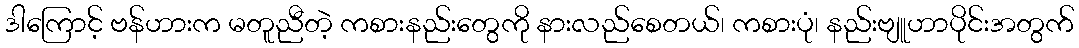
ဒါကြောင့် ဗန်ဟားက မတူညီတဲ့ ကစားနည်းတွေကို နားလည်စေတယ်၊ ကစားပုံ၊ နည်းဗျူဟာပိုင်းအတွက်